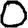
Digit: 0